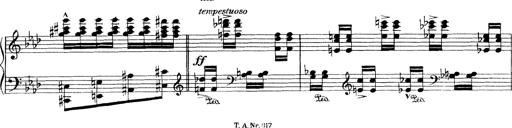
Title: Variationen Ã¼ber das Motiv von Bach
Composer: Franz Liszt